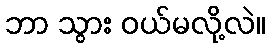
ဘာ သွား ဝယ်မလို့လဲ။